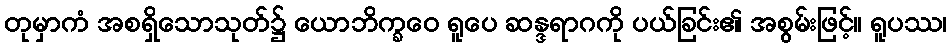
တုမှာကံ အစရှိသောသုတ်၌ ယောဘိက္ခဝေ ရူပေ ဆန္ဒရာဂကို ပယ်ခြင်း၏ အစွမ်းဖြင့်။ ရူပဿ၊